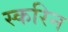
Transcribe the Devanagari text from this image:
स्करिन